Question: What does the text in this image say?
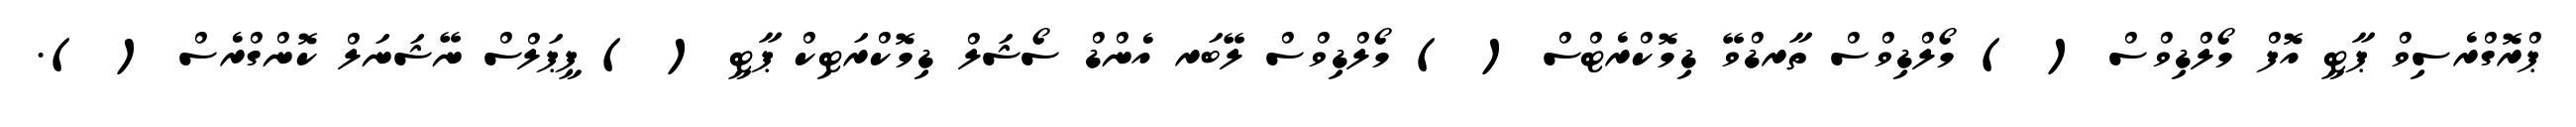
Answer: ޕްރޮގްރެސިވް ޕާޓީ އޮފް މޯލްޑިވްސް ( ) މޯލްޑިވްސް ތާރޑްވޭ ޑިމޮކްރެޓްސް ( ) މޯލްޑިވްސް ލޭބަރ އެންޑް ސޯޝަލް ޑިމޮކްރަޓިކް ޕާޓީ ( ) ޕީޕަލްސް ނޭޝަނަލް ކޮންގްރެސް ( ).